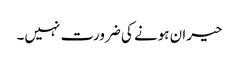
حیران ہونے کی ضرورت نہیں۔